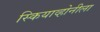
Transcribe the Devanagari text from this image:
स्कियाव्होनीला